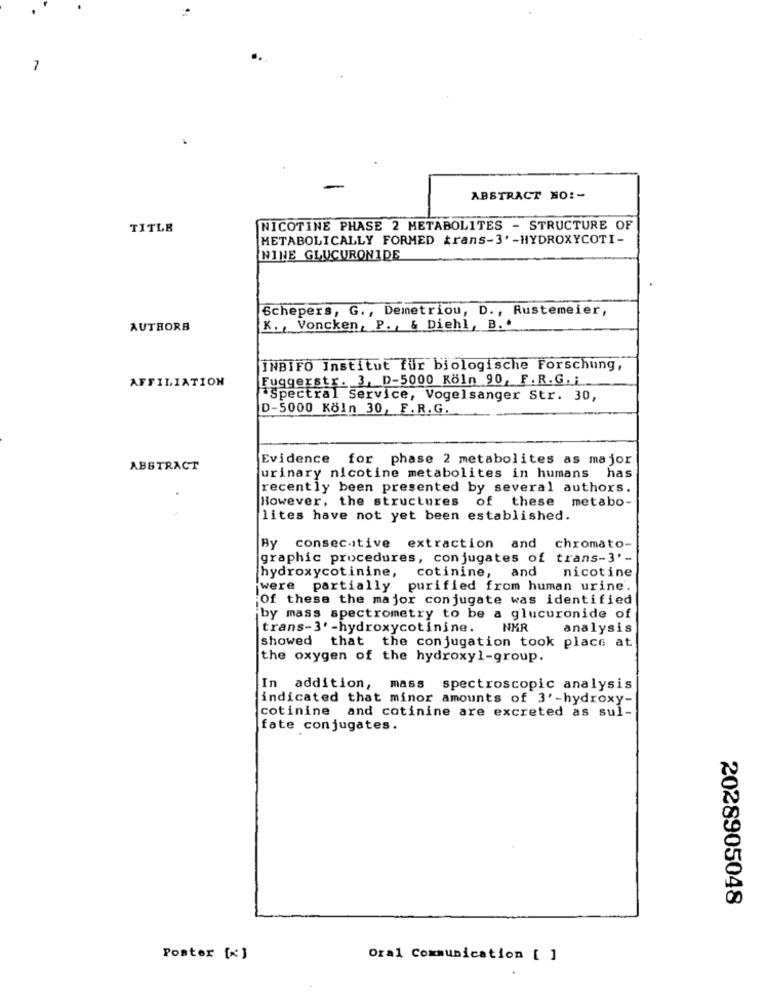
7
ABSTRACT NO :-
TITLE
NICOTINE PHASE 2 METABOLITES - STRUCTURE OF
METABOLICALLY FORMED trans-3' -HYDROXYCOTI-
NINE GLUCURONIDE
Schepers, G ., Demetriou, D ., Rustemeier,
AUTHORB
K ., Voncken, P ., & Diehl, B. *
INBIFO Institut für biologische Forschung,
AFFILIATION
Fuggerstr. 3, D-5000 Köln 90, F.R.G.i.
"Spectral Service, Vogelsanger Str. 30,
D-5000 Köln 30, F.R.G.
Evidence for phase 2 metabolites as major
ABSTRACT
urinary nicotine metabolites in humans has
recently been presented by several authors.
However, the structures of these metabo-
lites have not yet been established.
By consecutive extraction and chromato-
graphic procedures, conjugates of trans-3' -
hydroxycotinine, cotinine, and nicotine
were partially purified from human urine.
Of these the major conjugate was identified
by mass spectrometry to be a glucuronide of
trans-3' -hydroxycotinine. NMR
analysis
showed that the conjugation took place at
the oxygen of the hydroxyl-group.
In addition, mass spectroscopic analysis
indicated that minor amounts of 3'-hydroxy-
cotinine and cotinine are excreted as sul-
fate conjugates.
2028905048
Poster [x ]
Oral Communication [ ]